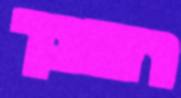
רצונך